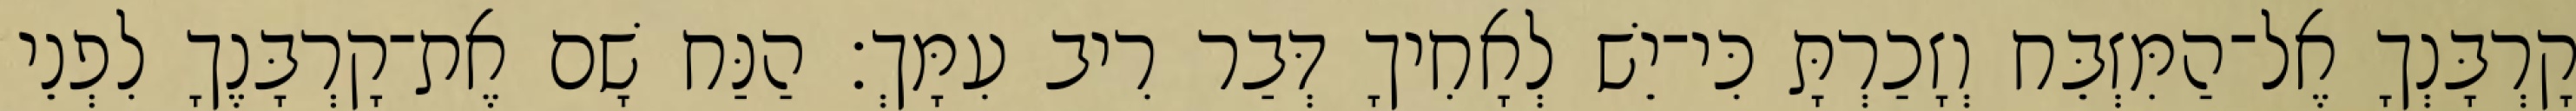
קָרְבָּנְךָ אֶל־הַמִּזְבֵּח וְזָכַרְתָּ כִּי־יֵשׁ לְאָחִיךָ דְּבַר רִיב עִמָּךְ׃ הַנַּח שָׁם אֶת־קָרְבָּנֶךָ לִפְנֵי